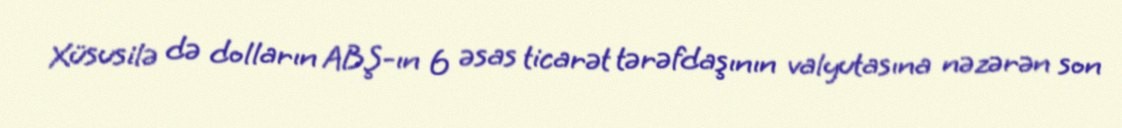
Xüsusilə də dolların ABŞ-ın 6 əsas ticarət tərəfdaşının valyutasına nəzərən son